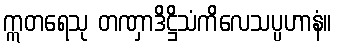
ဣတရေသု တဏှာဒိဋ္ဌိသံကိလေသပ္ပဟာနံ။